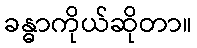
ခန္ဓာကိုယ်ဆိုတာ။